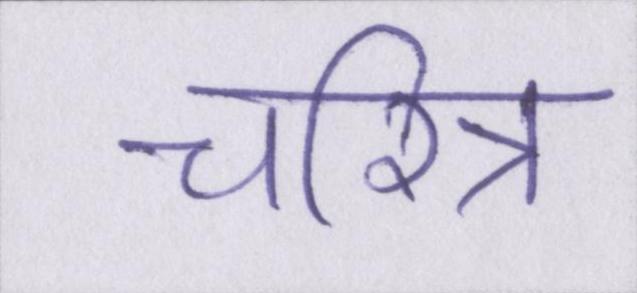
चरित्र